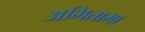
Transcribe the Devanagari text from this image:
अमिताभा